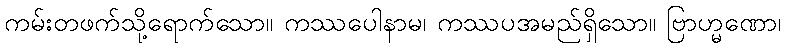
ကမ်းတဖက်သို့ရောက်သော။ ကဿပေါနာမ၊ ကဿပအမည်ရှိသော။ ဗြာဟ္မဏော၊